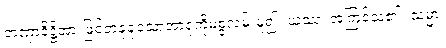
တဏှာဒိဋ္ဌိအားဖြင့်တခုခုသောအာရုံကိုမစွဲလမ်းမူ၍။ ယဿ၊ အကြင်သူ၏။ သမ္မာ၊